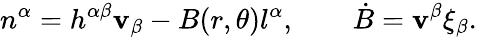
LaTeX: n^{\alpha}=h^{\alpha\beta}\mathbf{v}_{\beta}-B(r,\theta)l^{\alpha},\qquad\dot{{B}}=\mathbf{v}^{\beta}\xi_{\beta}.